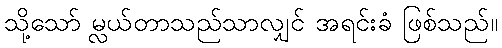
သို့သော် မ္လယ်တာသည်သာလျှင် အရင်းခံ ဖြစ်သည်။